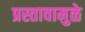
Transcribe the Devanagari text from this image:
प्रस्तावामुळे